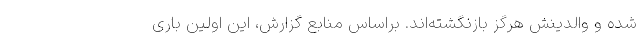
شده و والدینش هرگز بازنگشته‌اند. براساس منابع گزارش، این اولین باری